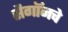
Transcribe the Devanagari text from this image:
सैगॉनचे